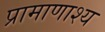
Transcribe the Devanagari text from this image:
प्रामाणाश्य